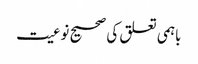
باہمی تعلق کی صحیح نوعیت